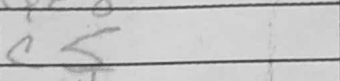
Transcription: c5